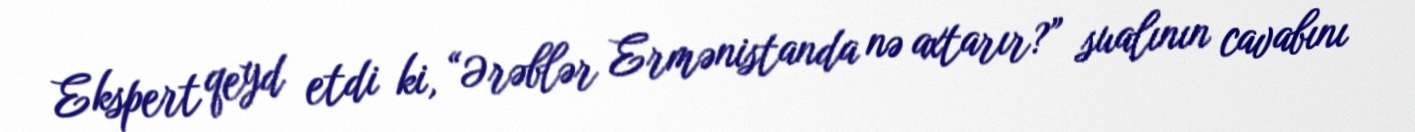
Ekspert qeyd etdi ki, “Ərəblər Ermənistanda nə axtarır?” sualının cavabını